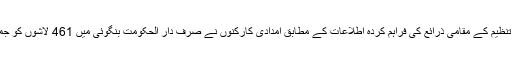
ریڈ کراس تنظیم کے مقامی ذرائع کی فراہم کردہ اطلاعات کے مطابق امدادی کارکنوں نے صرف دار الحکومت بنگوئی میں 461 لاشوں کو جمع کیا ہے ۔